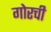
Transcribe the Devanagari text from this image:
गोरची